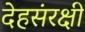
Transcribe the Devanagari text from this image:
देहसंरक्षी